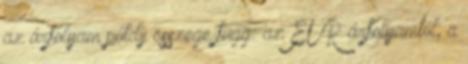
az árfolyam pótdíj összege függ: az EUR árfolyamtól, a